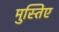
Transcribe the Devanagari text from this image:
मुस्तिए